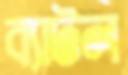
ব্যাটল